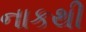
નાકથી